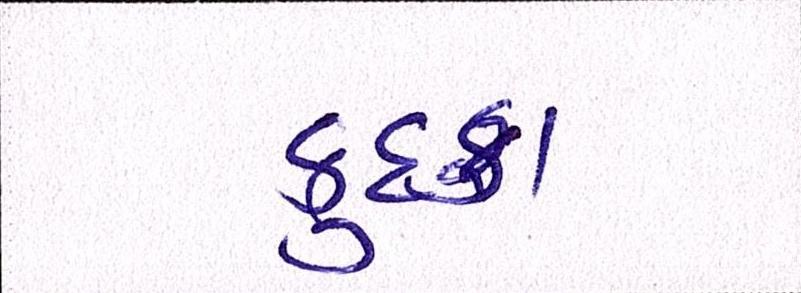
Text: કુદકા